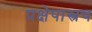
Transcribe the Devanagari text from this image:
प्रक्षेपास्त्रच